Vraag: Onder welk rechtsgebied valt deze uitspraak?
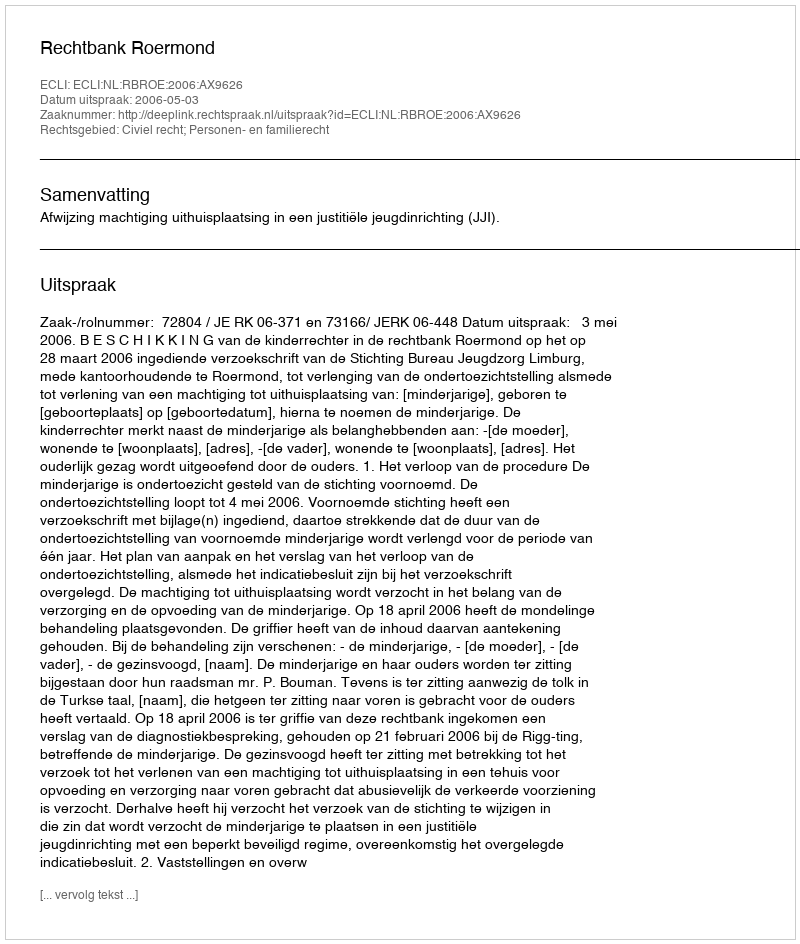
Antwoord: Civiel recht; Personen- en familierecht